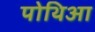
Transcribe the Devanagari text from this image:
पोथिआ